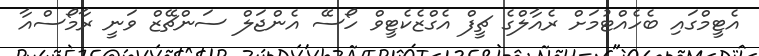
އެޓީމްގައި ބެހެއްޓުމަށް ރެއާލްގެ ޗީފް އެގްޒެކެޓީވް ހޯސޭ އެންޖަލް ސަންޗޭޒް ވަނީ ރާމޯސްއާ